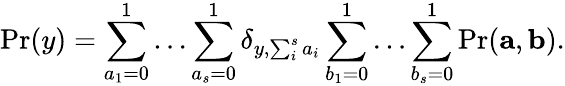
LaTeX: \mathrm{Pr}(y)=\sum_{a_{1}=0}^{1}\dots\sum_{a_{s}=0}^{1}\delta_{y,\sum_{i}^{s}a_{i}}\sum_{b_{1}=0}^{1}\dots\sum_{b_{s}=0}^{1}\mathrm{Pr}(\mathbf{a},\mathbf{b}).